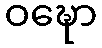
ဝဍ္ဎော